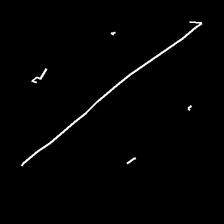
Glyph: cool